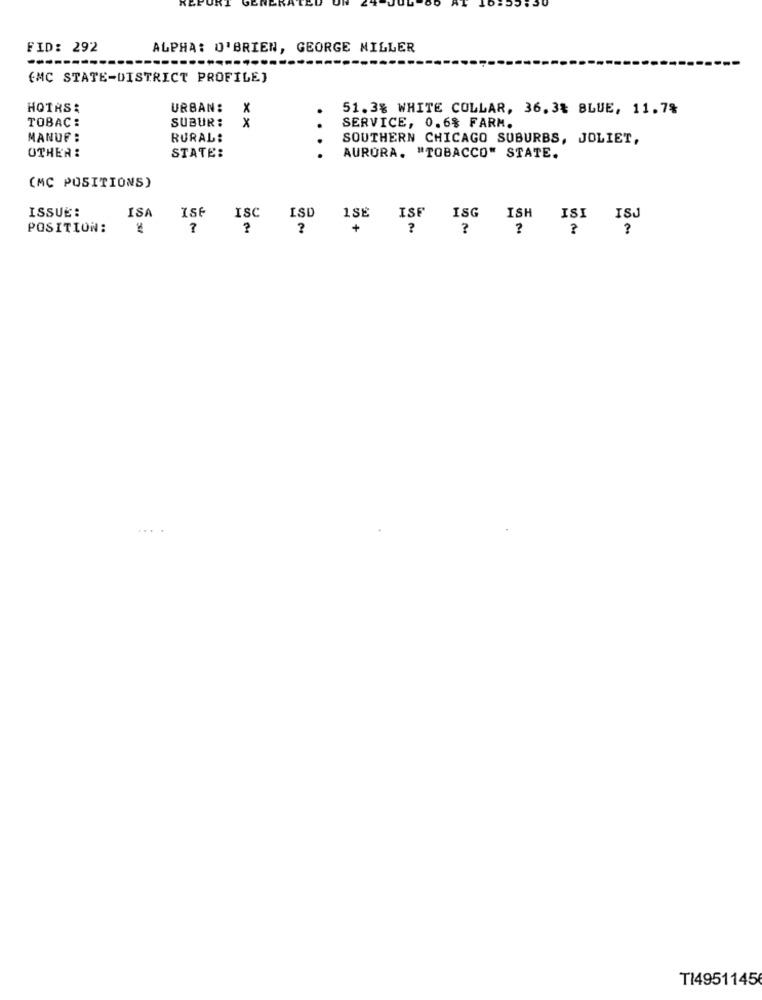
FID: 292
ALPHA: O'BRIEN, GEORGE MILLER
(MC STATE-DISTRICT PROFILE}
HOTAS $
URBAN: X
51.3% WHITE COLLAR, 36. 3% BLUE, 11.7%
SUBUR :
TOBAC:
x
SERVICE, 0.6% FARM.
MANUF :
RURAL:
SOUTHERN CHICAGO SUBURBS, JOLIET,
OTHER :
STATE:
...
AURORA. "TOBACCO" STATE.
(MC POSITIONS)
ISA
ISE
ISC
ISSUE:
ISD
1SE
ISF
ISH
ISI
ISJ
POSITION:
?
?
+
?
000
....
T149511456